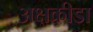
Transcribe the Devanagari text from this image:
अक्षक्रीडा